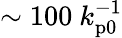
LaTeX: \sim 100~k_{\mathrm{p0}}^{-1}